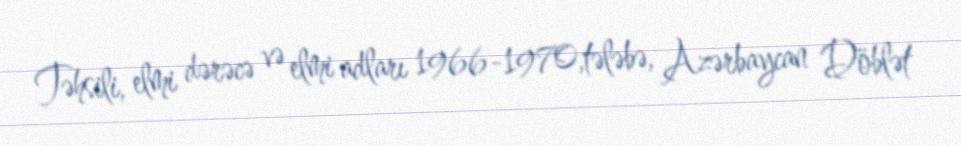
Təhsili, elmi dərəcə və elmi adları 1966-1970,tələbə, Azərbaycan Döblət